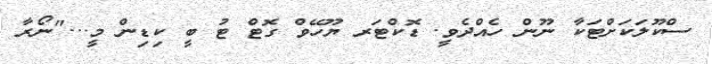
ސްކޫލަކަށްޓަކާ ނޫން ހެއްދެވީ. ޑޮކްޓަރ ޔޫހޭވް ގޮޓް ޓު ބީ ކިޑިން މީ..."ނޯރާ